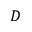
D